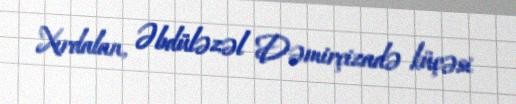
Xırdalan, Əbdüləzəl Dəmirçizadə küçəsi